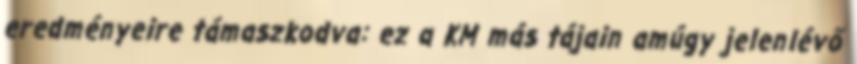
eredményeire támaszkodva: ez a KM más tájain amúgy jelenlévő